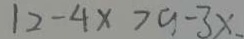
1 2 - 4 x > a - 3 x .